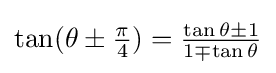
\tan(\theta \pm {\tfrac {\pi }{4}})={\tfrac {\tan \theta \pm 1}{1\mp \tan \theta }}